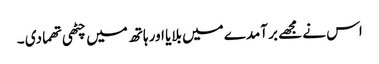
اس نے مجھے بر آمدے میں بلایا اور ہاتھ میں چٹھی تھما دی ۔